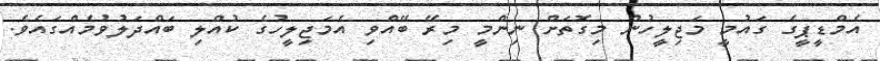
އެމްޑީޕީގެ ގައުމީ މަޖިލީހުން މިގޮތަށް ނިންމީ މިރޭ ބޭއްވި އެމަޖިލީހުގެ ކުއްލި ބައްދަލުވުމެއްގައެވެ.